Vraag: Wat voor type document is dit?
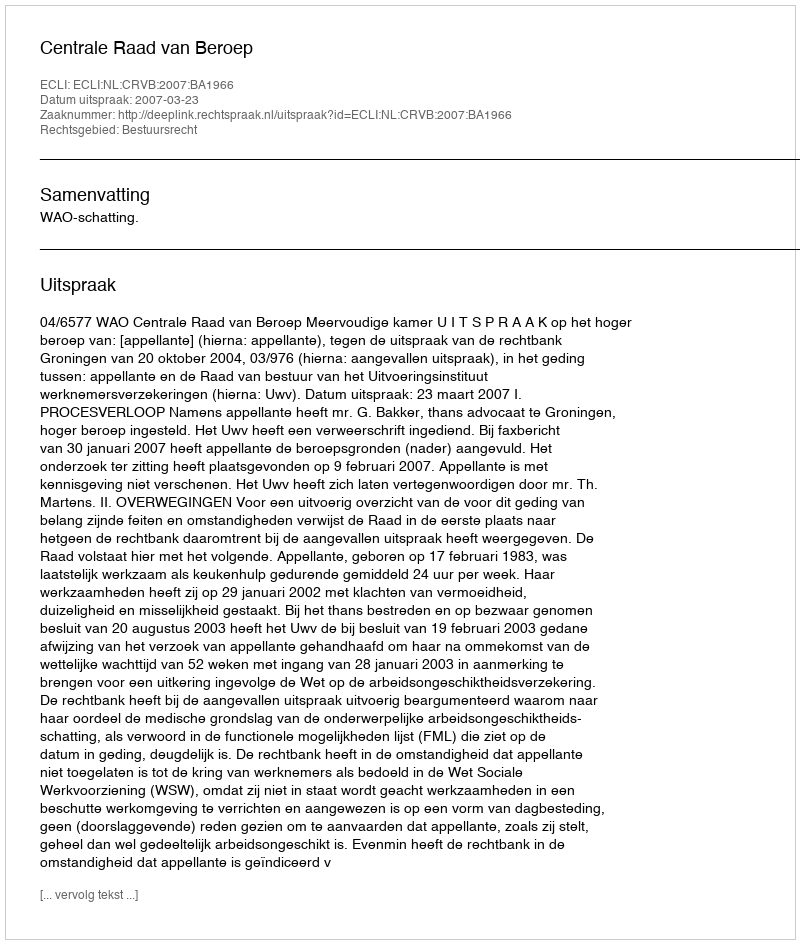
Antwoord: Uitspraak